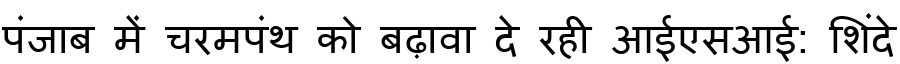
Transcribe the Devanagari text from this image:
पंजाब में चरमपंथ को बढ़ावा दे रही आईएसआई: शिंदे